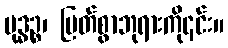
ဗုဒ္ဓဉ္စ၊ မြတ်စွာဘုရားကို၎င်း။